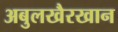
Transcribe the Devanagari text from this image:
अबुलखैरखान